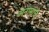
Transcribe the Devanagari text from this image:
अनामाचे